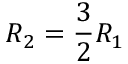
R _ { 2 } = \frac { 3 } { 2 } R _ { 1 }